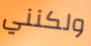
ولكنني